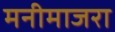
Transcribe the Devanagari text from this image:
मनीमाजरा